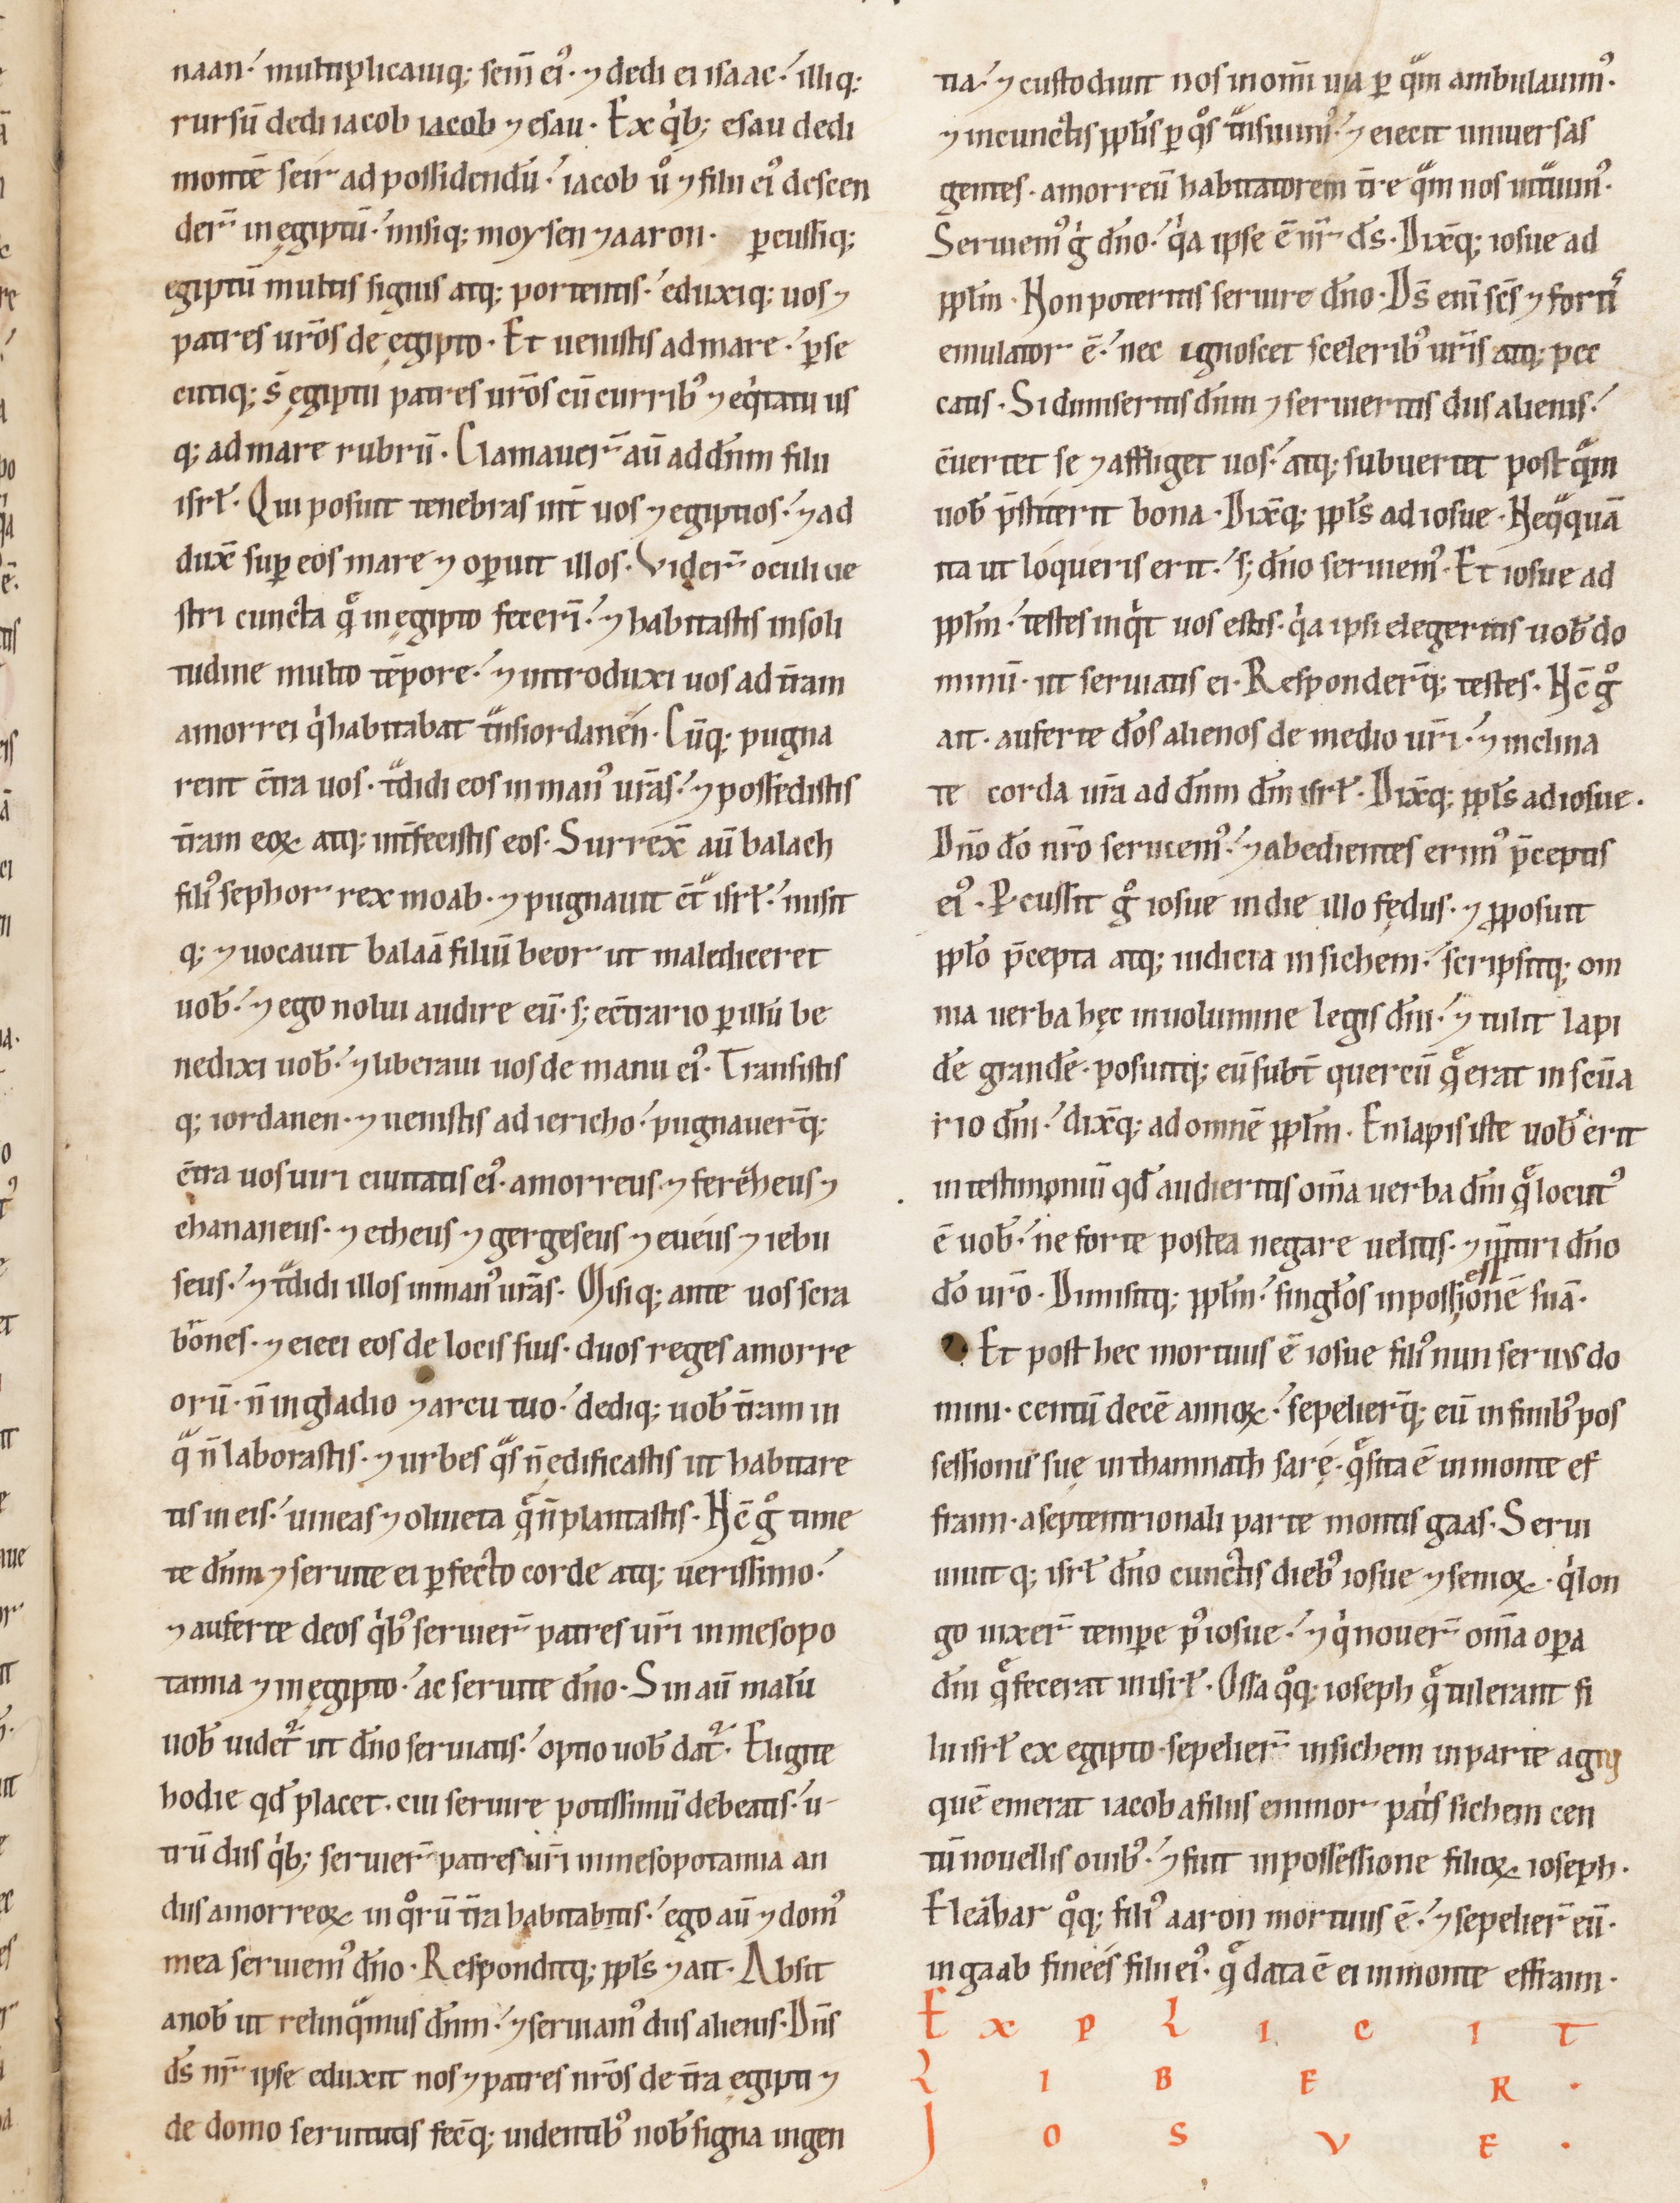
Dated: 1100–1199